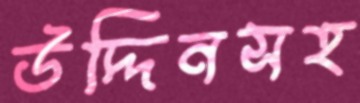
উদ্দিনসহ